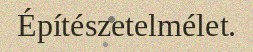
Építészetelmélet.